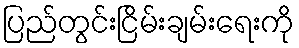
ပြည်တွင်းငြိမ်းချမ်းရေးကို